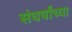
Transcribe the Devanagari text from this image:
संघर्षांच्या